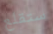
ستقلع